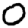
Digit: 0